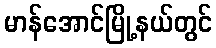
မာန်အောင်မြို့နယ်တွင်